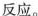
反应。